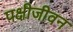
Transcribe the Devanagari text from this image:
पक्षीजीवन